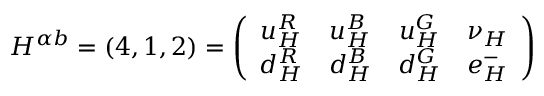
{ H } ^ { \alpha b } = ( 4 , 1 , 2 ) = \left( \begin{array} { c c c c } { { u _ { H } ^ { R } } } & { { u _ { H } ^ { B } } } & { { u _ { H } ^ { G } } } & { { \nu _ { H } } } \\ { { d _ { H } ^ { R } } } & { { d _ { H } ^ { B } } } & { { d _ { H } ^ { G } } } & { { e _ { H } ^ { - } } } \end{array} \right)